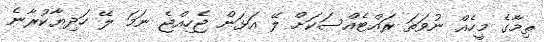
ތިމާގެ މީހެއް ނުވަތަ ރައްޓެއްސަކަށް ލޭ އަޅަން ޖެހިއްޖެ ނަމަ ލޭ ހަދިޔާކުރާނެ